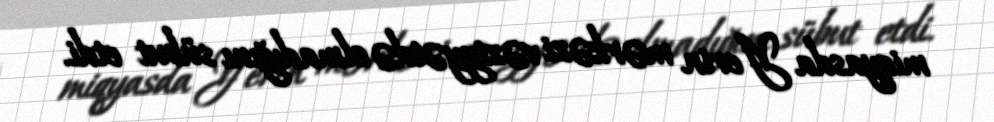
miqyasda Yerin mərkəzi vəziyyətdə olmadığını sübut etdi.